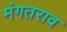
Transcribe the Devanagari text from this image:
मंगतराव